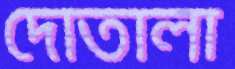
দোতালা